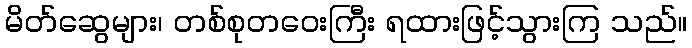
မိတ်ဆွေများ၊ တစ်စုတဝေးကြီး ရထားဖြင့်သွားကြ သည်။